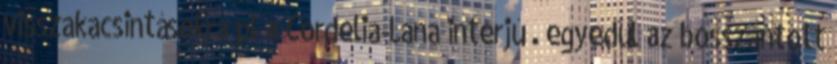
visszakacsintásokra pl a Cordelia-Lana interjú . egyedül az bosszantott